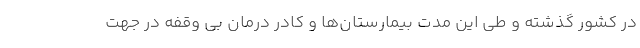
در کشور گذشته و طی این مدت بیمارستان‌ها و کادر درمان بی وقفه در جهت